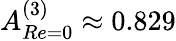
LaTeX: A_{Re=0}^{(3)}\approx 0.829